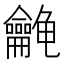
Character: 𱍉